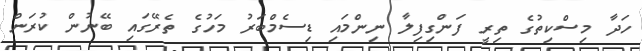
ހަދާ މިސްކިތުގެ ތިރީ ފަންގިފިލާ ނިންމައި ޑިސެމްބަރު މަހުގެ ތެރޭގައި ބޭނުން ކުރަން